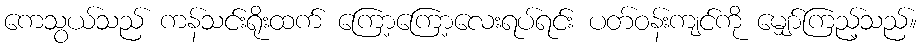
ကေသွယ်သည် ကန်သင်းရိုးထက် ကြော့ကြော့လေးရပ်ရင်း ပတ်ဝန်းကျင်ကို မျှော်ကြည့်သည်။